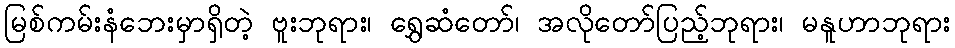
မြစ်ကမ်းနံဘေးမှာရှိတဲ့ ဗူးဘုရား၊ ရွှေဆံတော်၊ အလိုတော်ပြည့်ဘုရား၊ မနူဟာဘုရား